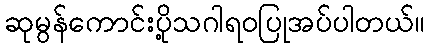
ဆုမွန်ကောင်းပို့သဂါရဝပြုအပ်ပါတယ်။